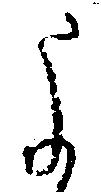
よ